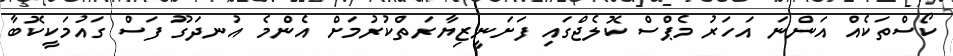
ކޯސްތަކެއް އަންނަ އަހަރު މެޕްސް ކޮލެޖްގައި ފަށަނީޒިޔާރަތްކުރުމަށް އެންމެ އުނދަގޫ ފަސް ގައުމަކީކޮބާ